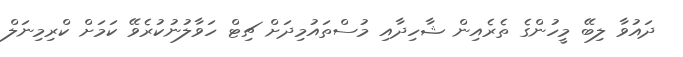
ދައުވާ ލިބޭ މީހުންގެ ތެރެއިން ޝާހިދާއި މުސްތައުމިދަށް ޗިޓް ހަވާލުނުކުރެވޭ ކަމަށް ކްރިމިނަލް